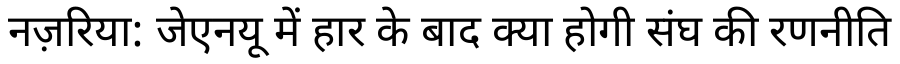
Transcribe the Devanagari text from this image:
नज़रिया: जेएनयू में हार के बाद क्या होगी संघ की रणनीति